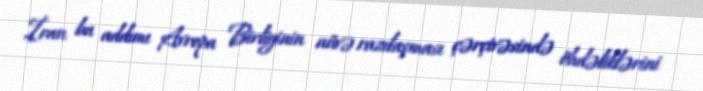
İran bu addımı Avropa Birliyinin nüvə razılaşması çərçivəsində öhdəliklərini